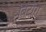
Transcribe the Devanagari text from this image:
बिटौरा